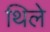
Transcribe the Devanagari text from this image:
थिले